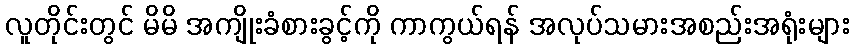
လူတိုင်းတွင် မိမိ အကျိုးခံစားခွင့်ကို ကာကွယ်ရန် အလုပ်သမားအစည်းအရုံးများ